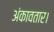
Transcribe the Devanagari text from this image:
अंकावतार।